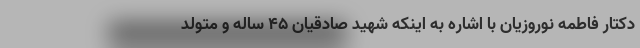
دکتار فاطمه نوروزیان با اشاره به اینکه شهید صادقیان ۴۵ ساله و متولد